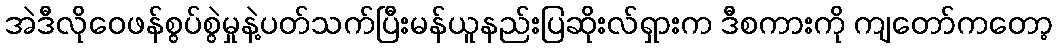
အဲဒီလိုဝေဖန်စွပ်စွဲမှုနဲ့ပတ်သက်ပြီးမန်ယူနည်းပြဆိုးလ်ရှားက ဒီစကားကို ကျတော်ကတော့